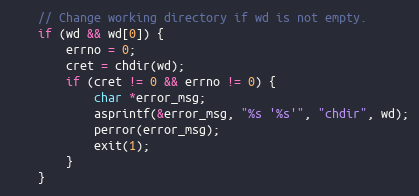
Language: C
	// Change working directory if wd is not empty.
	if (wd && wd[0]) {
		errno = 0;
		cret = chdir(wd);
		if (cret != 0 && errno != 0) {
			char *error_msg;
			asprintf(&error_msg, "%s '%s'", "chdir", wd);
			perror(error_msg);
			exit(1);
		}
	}